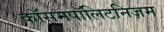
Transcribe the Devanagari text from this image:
कॉसमपॉलिटनिज़म